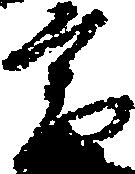
高